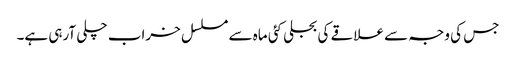
جس کی وجہ سے علاقے کی بجلی کئی ماہ سے مسلسل خراب چلی آرہی ہے۔